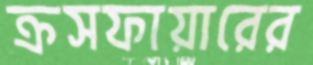
ক্রসফায়ারের